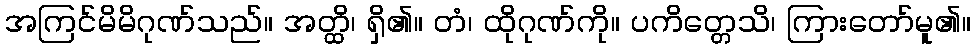
အကြင်မိမိဂုဏ်သည်။ အတ္ထိ၊ ရှိ၏။ တံ၊ ထိုဂုဏ်ကို။ ပကိတ္တေသိ၊ ကြားတော်မူ၏။